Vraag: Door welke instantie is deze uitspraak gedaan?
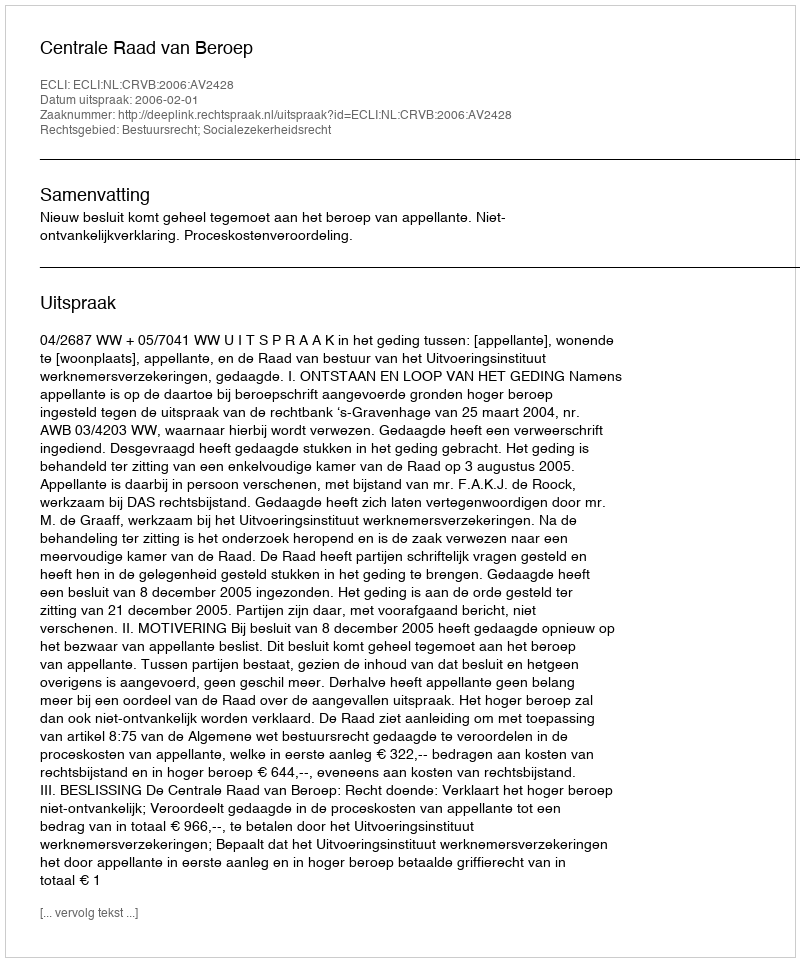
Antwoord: Centrale Raad van Beroep